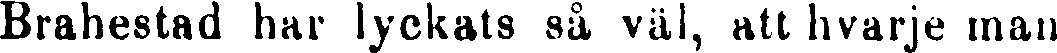
Brahestad har lyckats så väl, att hvarje man